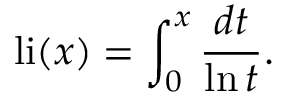
\operatorname { l i } ( x ) = \int _ { 0 } ^ { x } { \frac { d t } { \ln t } } .